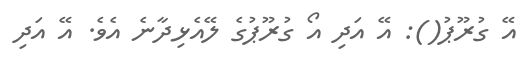
އޭ ގުރޫޕު(): އޭ އަދި އޯ ގުރޫޕުގެ ލޭއެޅިދާނެ އެވެ. އޭ އަދި